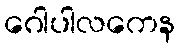
ဂေါပါလကေန